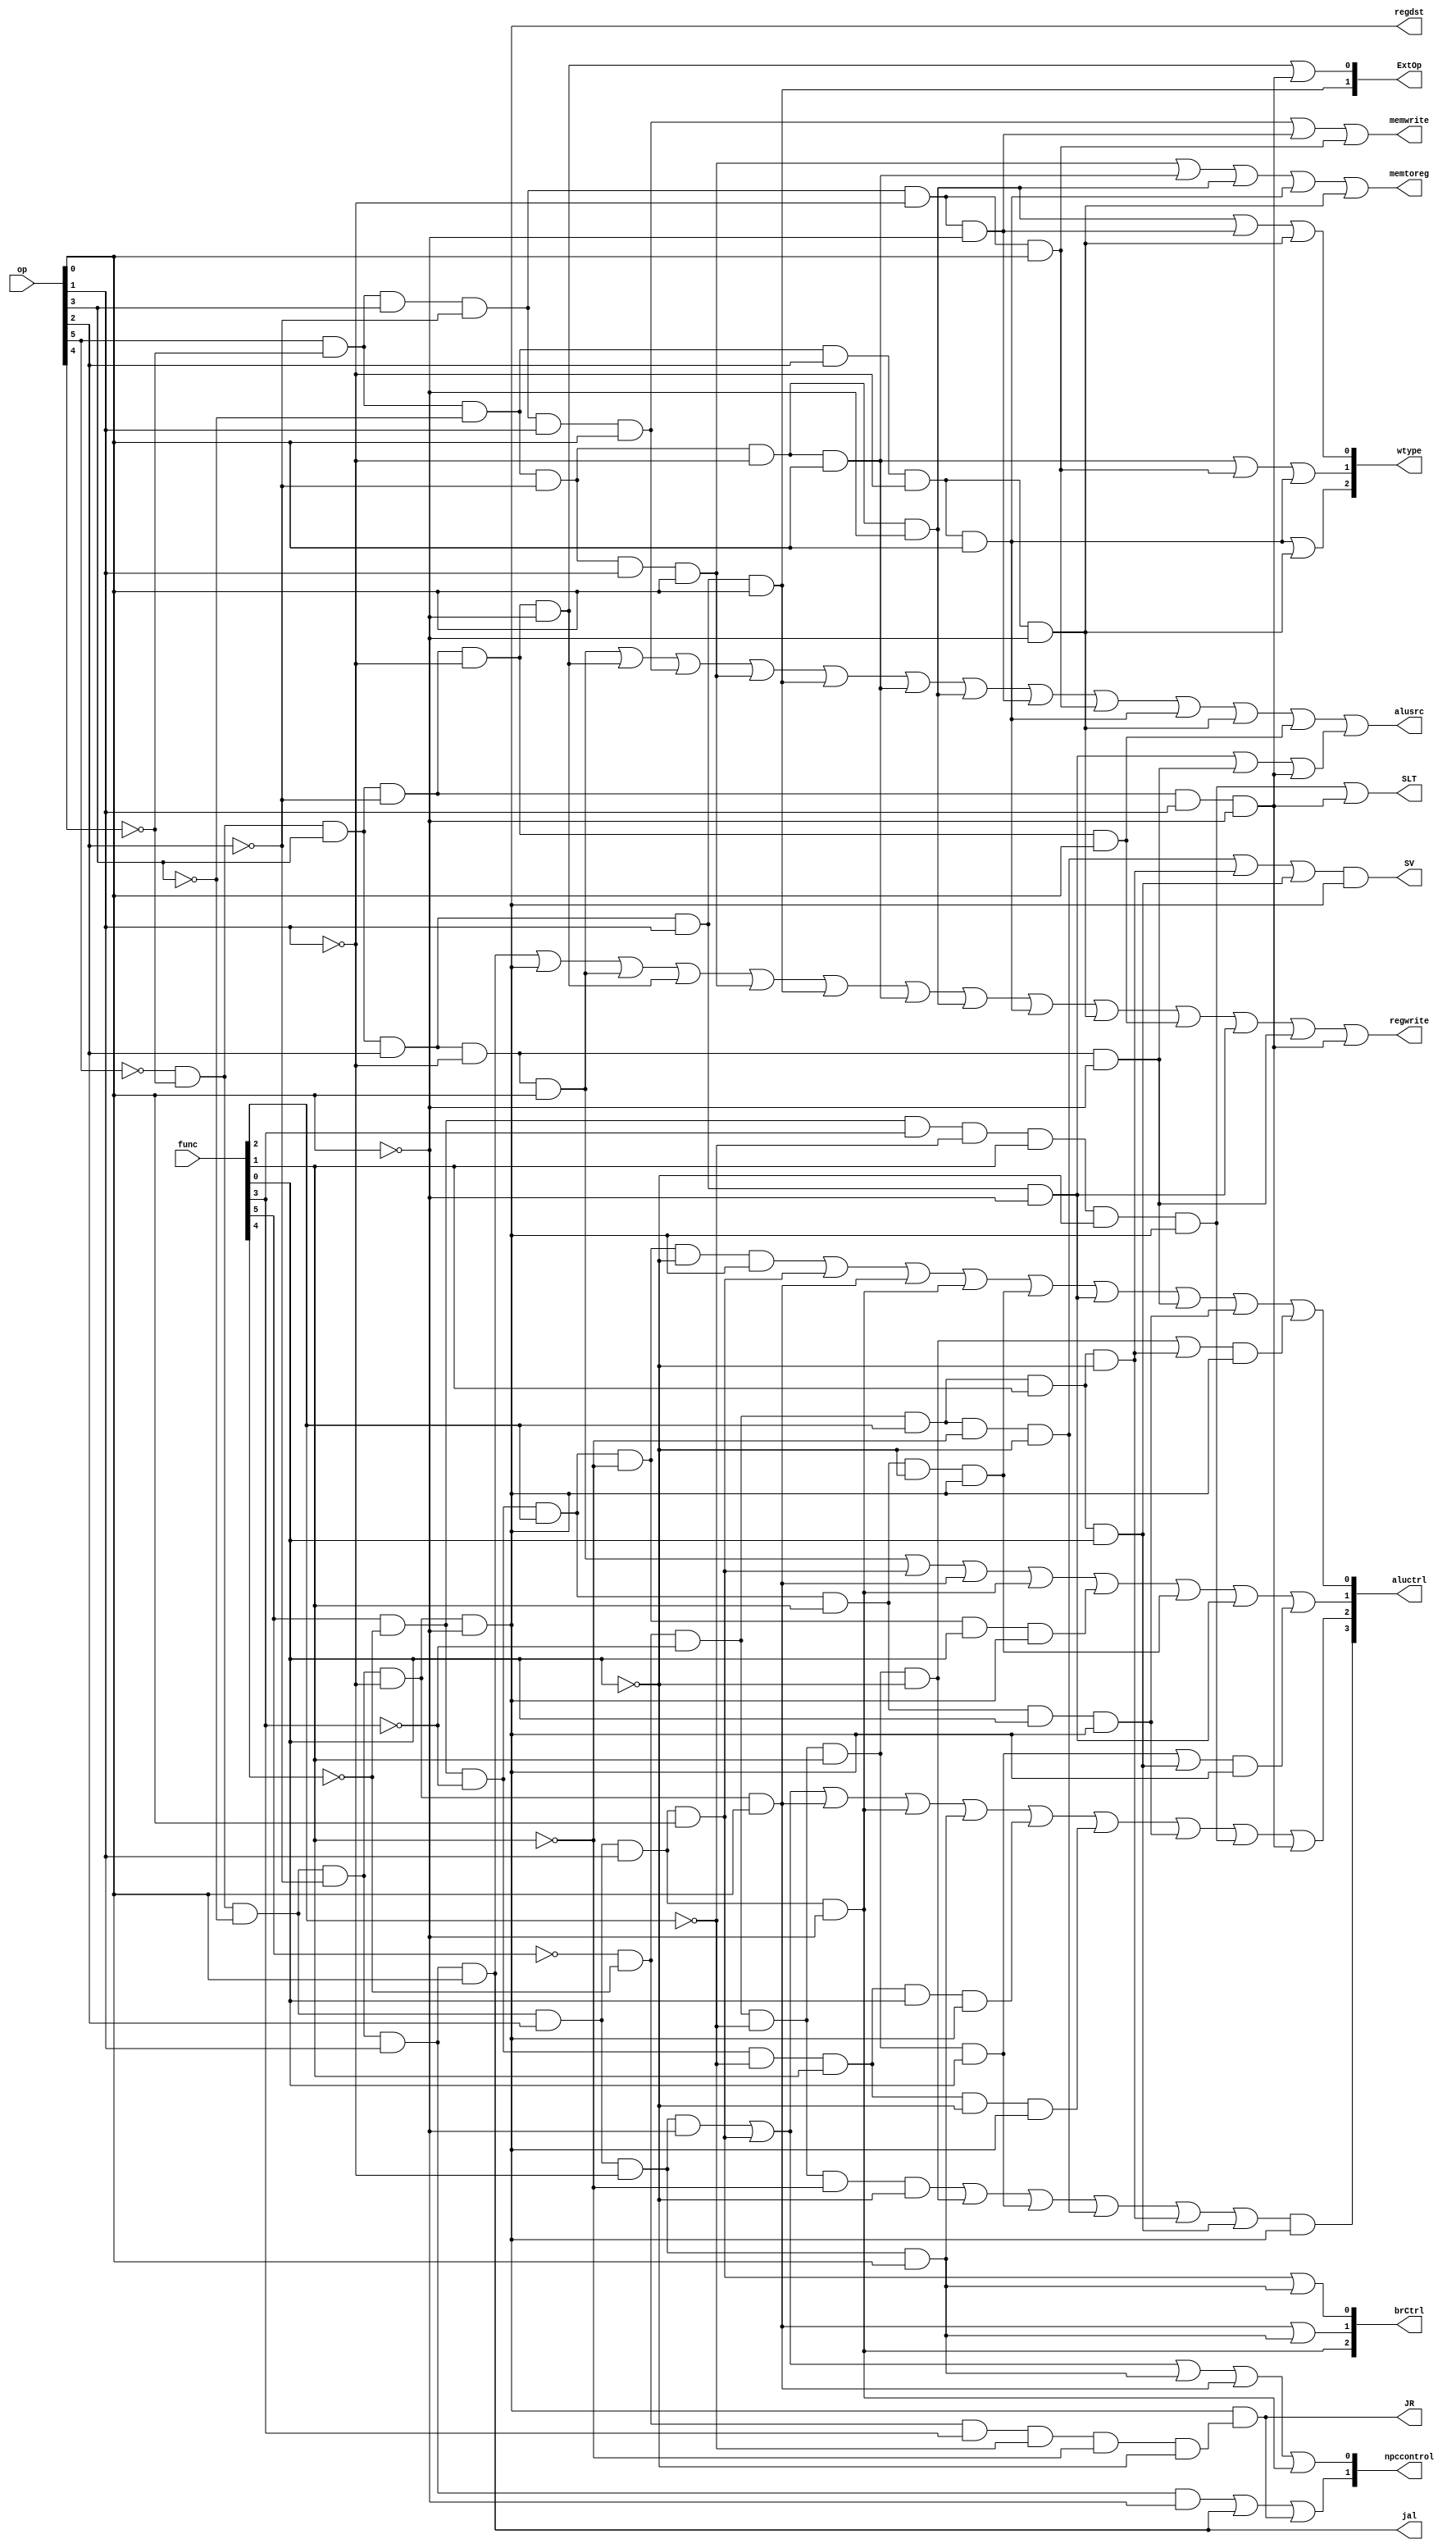
module CU(func,op,regwrite,aluctrl,alusrc,regdst,npccontrol,memtoreg,memwrite,ExtOp,wtype,brCtrl,jal,JR,SLT,SV);//ZF,
	input [5:0] func;
	input [5:0] op;
	//input ZF;
	output regwrite;
	output [3:0] aluctrl;
	output alusrc;
	output regdst;
	output [1:0] npccontrol;
	output memtoreg;
	output memwrite;
	output [1:0] ExtOp;
	output [2:0] wtype;
	output [2:0] brCtrl;
	output jal,JR,SLT,SV;
	
	//wire [2:0] aluop;
	//wire [2:0] alucontrol;
	//op[5]&op[4]&op[3]&op[2]&op[1]&op[0]
	//func[5]&func[4]&func[3]&func[2]&func[1]&func[0]
	
	//regwrite=JAL|RTYPE|ORI|ADDI|LW|LUI|LH|LB|LHU|LBH|ADDIU|XORI|ANDI|SLTI
	assign regwrite=(!op[5]&!op[4]&!op[3]&!op[2]&op[1]&op[0])|(!op[5]&!op[4]&!op[3]&!op[2]&!op[1]&!op[0])|(!op[5]&!op[4]&op[3]&op[2]&!op[1]&op[0])|(!op[5]&!op[4]&op[3]&!op[2]&!op[1]&!op[0])|(op[5]&!op[4]&!op[3]&!op[2]&op[1]&op[0])|(!op[5]&!op[4]&op[3]&op[2]&op[1]&op[0])|(op[5]&!op[4]&!op[3]&!op[2]&!op[1]&op[0])|(op[5]&!op[4]&!op[3]&!op[2]&!op[1]&!op[0])|(op[5]&!op[4]&!op[3]&op[2]&!op[1]&op[0])|(op[5]&!op[4]&!op[3]&op[2]&!op[1]&!op[0])|(!op[5]&!op[4]&op[3]&!op[2]&!op[1]&op[0])|(!op[5]&!op[4]&op[3]&op[2]&op[1]&!op[0])|(!op[5]&!op[4]&op[3]&op[2]&!op[1]&!op[0])|(!op[5]&!op[4]&op[3]&!op[2]&op[1]&!op[0]);

	//aluctrl[0]=((AND)&RTYPE)|BGTZ|BLEZ|BGEZ|XOR|XORI|ANDI|NOR|SRL|SRLV
	//SRL=((!func[5]&!func[4]&!func[3]&!func[2]&func[1]&!func[0])&(!op[5]&!op[4]&!op[3]&!op[2]&!op[1]&!op[0]))
	//SRA=((!func[5]&!func[4]&!func[3]&!func[2]&func[1]&func[0])&(!op[5]&!op[4]&!op[3]&!op[2]&!op[1]&!op[0]))
	assign aluctrl[0]=((func[5]&!func[4]&!func[3]&func[2]&!func[1]&!func[0])&(!op[5]&!op[4]&!op[3]&!op[2]&!op[1]&!op[0]))|(!op[5]&!op[4]&!op[3]&op[2]&op[1]&op[0])|(!op[5]&!op[4]&!op[3]&!op[2]&!op[1]&op[0])|(!op[5]&!op[4]&!op[3]&op[2]&op[1]&!op[0])|((func[5]&!func[4]&!func[3]&func[2]&func[1]&!func[0])&(!op[5]&!op[4]&!op[3]&!op[2]&!op[1]&!op[0]))|(!op[5]&!op[4]&op[3]&op[2]&op[1]&!op[0])|(!op[5]&!op[4]&op[3]&op[2]&!op[1]&!op[0])|((func[5]&!func[4]&!func[3]&func[2]&func[1]&func[0])&(!op[5]&!op[4]&!op[3]&!op[2]&!op[1]&!op[0]))|(((!func[5]&!func[4]&!func[3]&!func[2]&func[1]&!func[0])|(!func[5]&!func[4]&!func[3]&func[2]&func[1]&!func[0]))&(!op[5]&!op[4]&!op[3]&!op[2]&!op[1]&!op[0]));

	//aluctrl[1]=ORI|BGTZ|BLEZ|BGEZ|OR|XOR|XORI|SRA|SRAV
	assign aluctrl[1]=(!op[5]&!op[4]&op[3]&op[2]&!op[1]&op[0])|(!op[5]&!op[4]&!op[3]&op[2]&op[1]&op[0])|(!op[5]&!op[4]&!op[3]&!op[2]&!op[1]&op[0])|(!op[5]&!op[4]&!op[3]&op[2]&op[1]&!op[0])|((func[5]&!func[4]&!func[3]&func[2]&!func[1]&func[0])&(!op[5]&!op[4]&!op[3]&!op[2]&!op[1]&!op[0]))|((func[5]&!func[4]&!func[3]&func[2]&func[1]&!func[0])&(!op[5]&!op[4]&!op[3]&!op[2]&!op[1]&!op[0]))|(!op[5]&!op[4]&op[3]&op[2]&op[1]&!op[0])|(((!func[5]&!func[4]&!func[3]&!func[2]&func[1]&func[0])|(!func[5]&!func[4]&!func[3]&func[2]&func[1]&func[0]))&(!op[5]&!op[4]&!op[3]&!op[2]&!op[1]&!op[0]));
	
	//aluctrl[2]=BEQ|BGTZ|BLEZ|BGEZ|BNE|SUB|SUBU|NOR|SLT|SLTI
	assign aluctrl[2]=(!op[5]&!op[4]&!op[3]&op[2]&!op[1]&!op[0])|(!op[5]&!op[4]&!op[3]&op[2]&op[1]&op[0])|(!op[5]&!op[4]&!op[3]&!op[2]&!op[1]&op[0])|(!op[5]&!op[4]&!op[3]&op[2]&op[1]&!op[0])|(!op[5]&!op[4]&!op[3]&op[2]&!op[1]&op[0])|((func[5]&!func[4]&!func[3]&!func[2]&func[1]&func[0])&(!op[5]&!op[4]&!op[3]&!op[2]&!op[1]&!op[0]))|((func[5]&!func[4]&!func[3]&!func[2]&func[1]&!func[0])&(!op[5]&!op[4]&!op[3]&!op[2]&!op[1]&!op[0]))|((func[5]&!func[4]&!func[3]&func[2]&func[1]&func[0])&(!op[5]&!op[4]&!op[3]&!op[2]&!op[1]&!op[0]))|((func[5]&!func[4]&func[3]&!func[2]&func[1]&!func[0])&(!op[5]&!op[4]&!op[3]&!op[2]&!op[1]&!op[0]))|(!op[5]&!op[4]&op[3]&!op[2]&op[1]&!op[0]);
	
	//aluctrl[3]=(SLL|SRL|SRA|SLLV|SRLV|SRAV)&RTYPE
	//
	assign aluctrl[3]=((!func[5]&!func[4]&!func[3]&!func[2]&!func[1]&!func[0])|(!func[5]&!func[4]&!func[3]&!func[2]&func[1]&!func[0])|(!func[5]&!func[4]&!func[3]&!func[2]&func[1]&func[0])|(!func[5]&!func[4]&!func[3]&func[2]&!func[1]&!func[0])|(!func[5]&!func[4]&!func[3]&func[2]&func[1]&!func[0])|(!func[5]&!func[4]&!func[3]&func[2]&func[1]&func[0]))&(!op[5]&!op[4]&!op[3]&!op[2]&!op[1]&!op[0]);

	//alusrc=ORI|ADDI|SW|LW|LUI|LH|LB|SB|SH|LHU|LBU|ADDIU|XORI|ANDI|SLTI
	assign alusrc=(!op[5]&!op[4]&op[3]&op[2]&!op[1]&op[0])|(!op[5]&!op[4]&op[3]&!op[2]&!op[1]&!op[0])|(op[5]&!op[4]&op[3]&!op[2]&op[1]&op[0])|(op[5]&!op[4]&!op[3]&!op[2]&op[1]&op[0])|(!op[5]&!op[4]&op[3]&op[2]&op[1]&op[0])|(op[5]&!op[4]&!op[3]&!op[2]&!op[1]&op[0])|(op[5]&!op[4]&!op[3]&!op[2]&!op[1]&!op[0])|(op[5]&!op[4]&op[3]&!op[2]&!op[1]&!op[0])|(op[5]&!op[4]&op[3]&!op[2]&!op[1]&op[0])|(op[5]&!op[4]&!op[3]&op[2]&!op[1]&op[0])|(op[5]&!op[4]&!op[3]&op[2]&!op[1]&!op[0])|(!op[5]&!op[4]&op[3]&!op[2]&!op[1]&op[0])||(!op[5]&!op[4]&op[3]&op[2]&op[1]&!op[0])|(!op[5]&!op[4]&op[3]&op[2]&!op[1]&!op[0])|(!op[5]&!op[4]&op[3]&!op[2]&op[1]&!op[0]);

	//regdst=RTYPE
	assign regdst=!op[5]&!op[4]&!op[3]&!op[2]&!op[1]&!op[0];
	
	//npccontrol[0]=BEQ&ZF|BGTZ|BGEZ|BLEZ
	assign npccontrol[0]=(!op[5]&!op[4]&!op[3]&op[2]&!op[1]&!op[0])|(!op[5]&!op[4]&!op[3]&op[2]&op[1]&op[0])|(!op[5]&!op[4]&!op[3]&op[2]&!op[1]&op[0])|(!op[5]&!op[4]&!op[3]&!op[2]&!op[1]&op[0])|(!op[5]&!op[4]&!op[3]&op[2]&op[1]&!op[0]);//&ZF
	
	//npccontrol[1]=J|JAL|JR
	assign npccontrol[1]=(!op[5]&!op[4]&!op[3]&!op[2]&op[1]&!op[0])|(!op[5]&!op[4]&!op[3]&!op[2]&op[1]&op[0])|((!op[5]&!op[4]&!op[3]&!op[2]&!op[1]&!op[0])&(!func[5]&!func[4]&func[3]&!func[2]&!func[1]&!func[0]));
	
	//m2reg=LW|LH|LB|LHU|LBU
	assign memtoreg=(op[5]&!op[4]&!op[3]&!op[2]&op[1]&op[0])|(op[5]&!op[4]&!op[3]&!op[2]&!op[1]&op[0])|(op[5]&!op[4]&!op[3]&!op[2]&!op[1]&!op[0])|(op[5]&!op[4]&!op[3]&op[2]&!op[1]&op[0])|(op[5]&!op[4]&!op[3]&op[2]&!op[1]&!op[0]);

	//mWrite=SW|SB|SH
	assign memwrite=(op[5]&!op[4]&op[3]&!op[2]&op[1]&op[0])|(op[5]&!op[4]&op[3]&!op[2]&!op[1]&!op[0])|(op[5]&!op[4]&op[3]&!op[2]&!op[1]&op[0]);

	//ExtOp[0]=ADDI|SLTI
	assign ExtOp[0]=(!op[5]&!op[4]&op[3]&!op[2]&!op[1]&!op[0])|(!op[5]&!op[4]&op[3]&!op[2]&op[1]&!op[0]);

	//ExtOp[1]=LUI
	assign ExtOp[1]=!op[5]&!op[4]&op[3]&op[2]&op[1]&op[0];

	//wtype[0]=LB|SB|LBU
	assign wtype[0]=(op[5]&!op[4]&!op[3]&!op[2]&!op[1]&!op[0])|(op[5]&!op[4]&op[3]&!op[2]&!op[1]&!op[0])|(op[5]&!op[4]&!op[3]&op[2]&!op[1]&!op[0]);

	//wtype[1]=LH|SH|LHU
	assign wtype[1]=(op[5]&!op[4]&!op[3]&!op[2]&!op[1]&op[0])|(op[5]&!op[4]&op[3]&!op[2]&!op[1]&op[0])|(op[5]&!op[4]&!op[3]&op[2]&!op[1]&op[0]);
	
	//wtype[2]=LHU|LBU
	assign wtype[2]=(op[5]&!op[4]&!op[3]&op[2]&!op[1]&op[0])|(op[5]&!op[4]&!op[3]&op[2]&!op[1]&!op[0]);
	//brCtrl[0]=BGTZ|BNE
	assign brCtrl[0]=(!op[5]&!op[4]&!op[3]&op[2]&op[1]&op[0])|(!op[5]&!op[4]&!op[3]&op[2]&!op[1]&op[0]);//
	//brCtrl[1]=BGEZ|BNE
	assign brCtrl[1]=(!op[5]&!op[4]&!op[3]&!op[2]&!op[1]&op[0])|(!op[5]&!op[4]&!op[3]&op[2]&!op[1]&op[0]);
	//brCtrl[2]=BLEZ
	assign brCtrl[2]=(!op[5]&!op[4]&!op[3]&op[2]&op[1]&!op[0]);
	//jal=JAL
	assign jal=(!op[5]&!op[4]&!op[3]&!op[2]&op[1]&op[0]);
	//JR=JR
	assign JR=((!op[5]&!op[4]&!op[3]&!op[2]&!op[1]&!op[0])&(!func[5]&!func[4]&func[3]&!func[2]&!func[1]&!func[0]));
	//SLT=SLT|SLTI
	assign SLT=(((func[5]&!func[4]&func[3]&!func[2]&func[1]&!func[0])&(!op[5]&!op[4]&!op[3]&!op[2]&!op[1]&!op[0]))|(!op[5]&!op[4]&op[3]&!op[2]&op[1]&!op[0]));
	//SVE=SLLV|SRLV|SRAV
	assign SV=((!func[5]&!func[4]&!func[3]&func[2]&!func[1]&!func[0])|(!func[5]&!func[4]&!func[3]&func[2]&func[1]&!func[0])|(!func[5]&!func[4]&!func[3]&func[2]&func[1]&func[0]))&(!op[5]&!op[4]&!op[3]&!op[2]&!op[1]&!op[0]);
endmodule